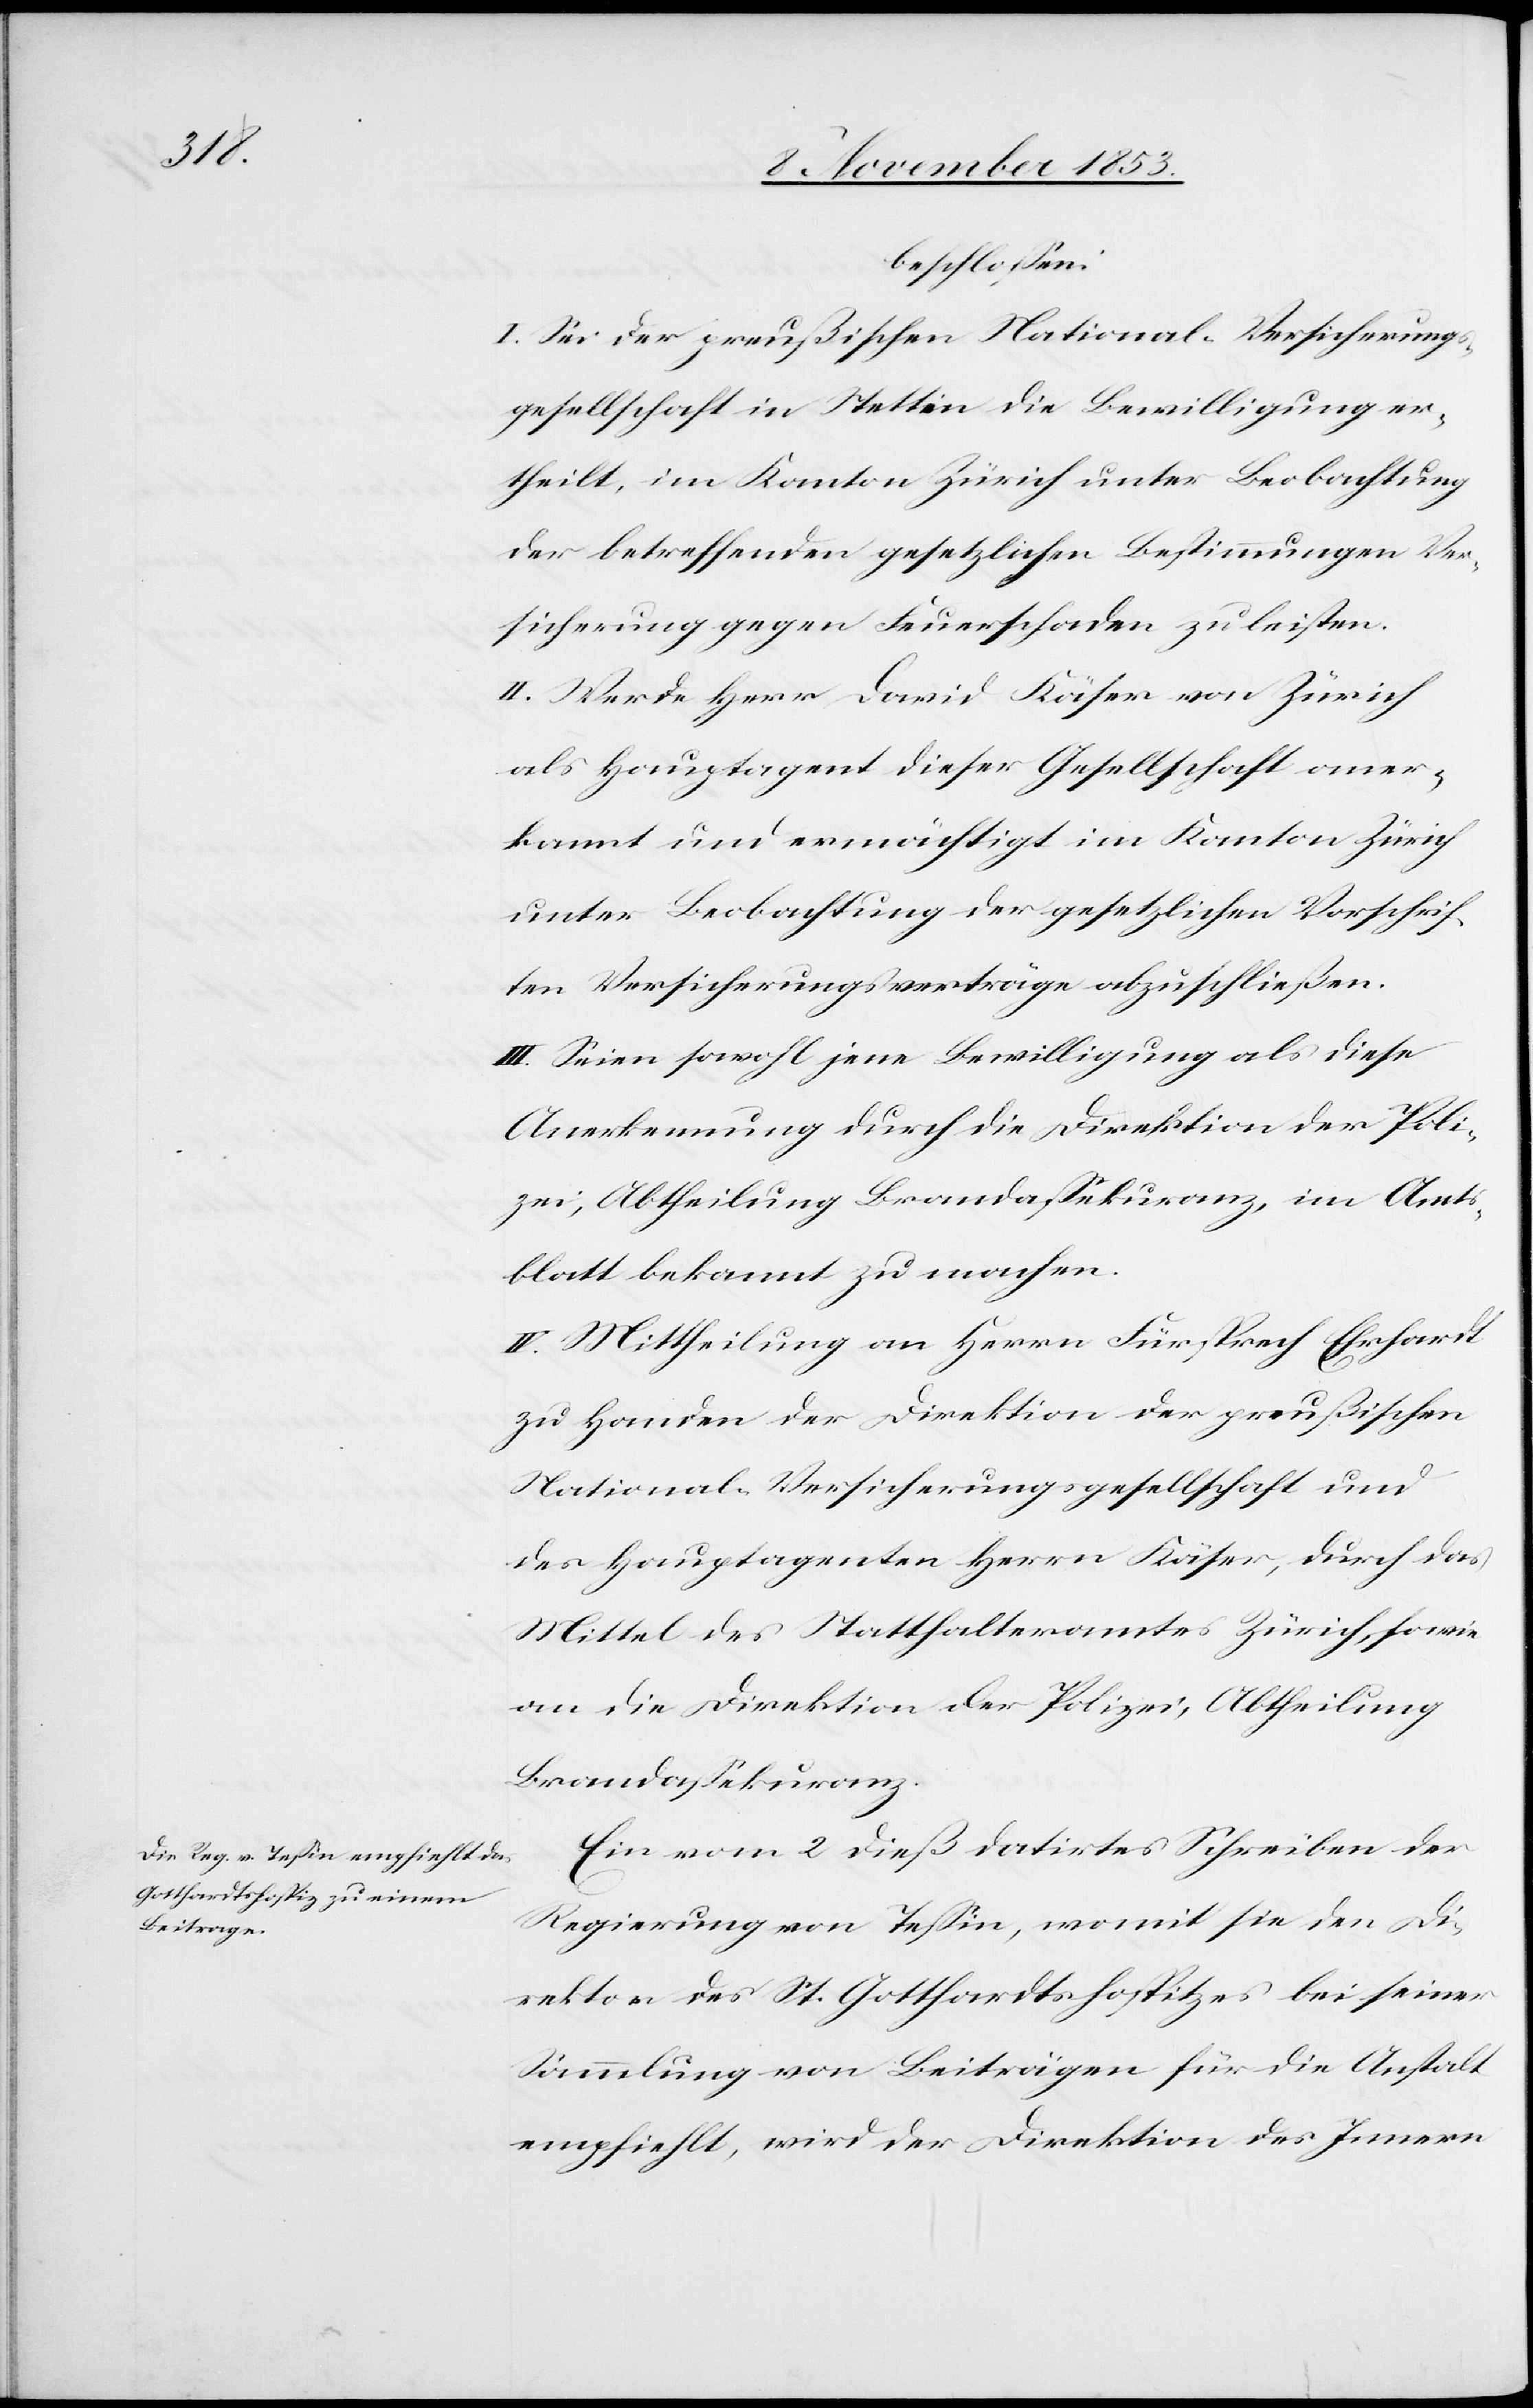
beschloßen:
I. Sei der preußischen National-Versicherungs¬
gesellschaft in Stettin die Bewilligung er¬
theilt, im Kanton Zürich unter Beobachtung
der betreffenden gesetzlichen Bestimmungen Ver¬
sicherung gegen Feuerschaden zu leisten.
II. Werde Herr David Käser von Zürich
als Hauptagent dieser Gesellschaft aner¬
kannt und ermächtigt im Kanton Zürich
unter Beobachtung der gesetzlichen Vorschrif¬
ten Versicherungsverträge abzuschließen.
III. Seien sowohl jene Bewilligung als diese
Anerkennung durch die Direktion der Poli¬
zei; Abtheilung Brandaßekuranz, im Amts¬
blatt bekannt zu machen.
IV. Mittheilung an Herrn Fürsprech Ehrhardt
zu Handen der Direktion der preußischen
National-Versicherungsgesellschaft und
des Hauptagenten Herrn Käser, durch das
Mittel des Statthalteramtes Zürich, sowie
an die Direktion der Polizei, Abtheilung
Brandaßekuranz.
Ein vom 2 dieß datirtes Schreiben der
Regierung von Teßin, womit sie den Di¬
rektor des St. Gotthardshospitzes bei seiner
Sammlung von Beiträgen für die Anstalt
empfiehlt, wird der Direktion des Innern